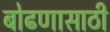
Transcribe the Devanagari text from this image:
बोढणासाठी